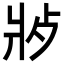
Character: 𬋿